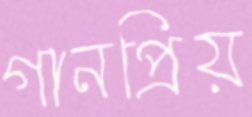
গানপ্রিয়